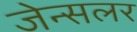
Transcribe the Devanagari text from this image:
जेन्सलर